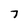
Character: 7